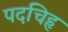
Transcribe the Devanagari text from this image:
पदचिहृ